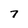
Character: 7